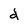
Character: d